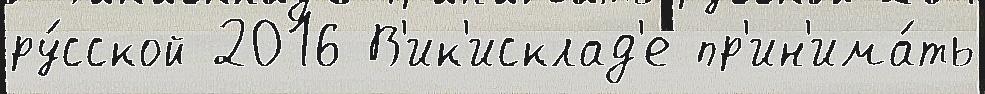
ру́сской 2016 В'ик'исклад'е пр'ин'има́ть